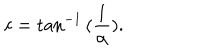
c = \tan ^ { - 1 } { ( \frac { 1 } { \alpha } ) } .